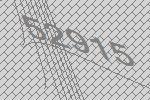
52915